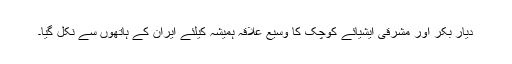
دیار بکر اور مشرقی ایشیائے کوچک کا وسیع علاقہ ہمیشہ کیلئے ایران کے ہاتھوں سے نکل گیا۔